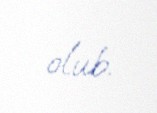
olub.